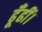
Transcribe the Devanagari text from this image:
ढूँढीं।